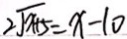
2 \sqrt { x + 5 } = x - 1 0